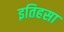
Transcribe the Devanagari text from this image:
इतिहसा